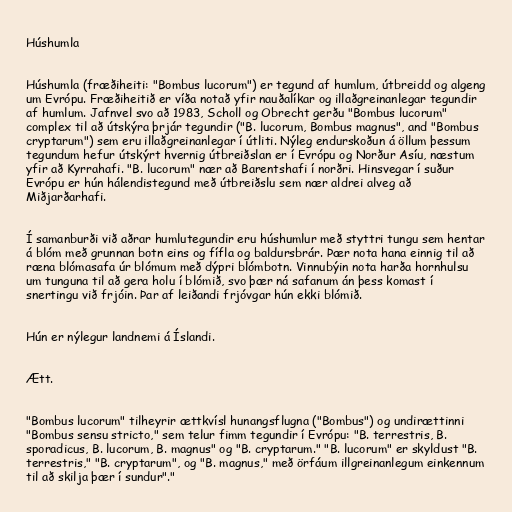
Húshumla

Húshumla (fræðiheiti: "Bombus lucorum") er tegund af humlum, útbreidd og algeng
um Evrópu. Fræðiheitið er víða notað yfir nauðalíkar og illaðgreinanlegar tegundir
af humlum. Jafnvel svo að 1983, Scholl og Obrecht gerðu "Bombus lucorum"
complex til að útskýra þrjár tegundir ("B. lucorum, Bombus magnus", and "Bombus
cryptarum") sem eru illaðgreinanlegar í útliti. Nýleg endurskoðun á öllum þessum
tegundum hefur útskýrt hvernig útbreiðslan er í Evrópu og Norður Asíu, næstum
yfir að Kyrrahafi. "B. lucorum" nær að Barentshafi í norðri. Hinsvegar í suður
Evrópu er hún hálendistegund með útbreiðslu sem nær aldrei alveg að
Miðjarðarhafi.

Í samanburði við aðrar humlutegundir eru húshumlur með styttri tungu sem hentar
á blóm með grunnan botn eins og fífla og baldursbrár. Þær nota hana einnig til að
ræna blómasafa úr blómum með dýpri blómbotn. Vinnubýin nota harða hornhulsu
um tunguna til að gera holu í blómið, svo þær ná safanum án þess komast í
snertingu við frjóin. Þar af leiðandi frjóvgar hún ekki blómið.

Hún er nýlegur landnemi á Íslandi.

Ætt.

"Bombus lucorum" tilheyrir ættkvísl hunangsflugna ("Bombus") og undirættinni
"Bombus sensu stricto," sem telur fimm tegundir í Evrópu: "B. terrestris, B.
sporadicus, B. lucorum, B. magnus" og "B. cryptarum." "B. lucorum" er skyldust "B.
terrestris," "B. cryptarum", og "B. magnus," með örfáum illgreinanlegum einkennum
til að skilja þær í sundur"."